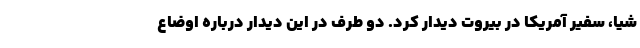
شیا، سفیر آمریکا در بیروت دیدار کرد. دو طرف در این دیدار درباره اوضاع